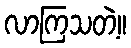
လာကြသတဲ့။